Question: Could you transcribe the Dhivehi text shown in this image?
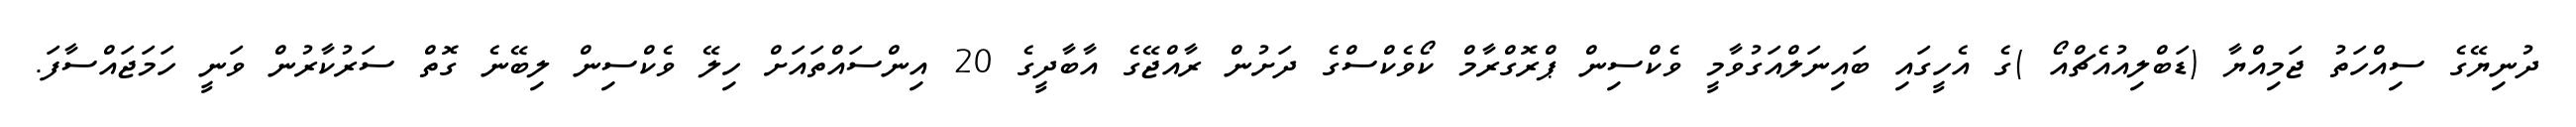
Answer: ދުނިޔޭގެ ސިއްހަތު ޖަމިއްޔާ (ޑަބްލިއުއެޗްއޯ )ގެ އެހީގައި ބައިނަލްއަގުވާމީ ވެކްސިން ޕްރޮގްރާމް ކޯވެކްސްގެ ދަށުން ރާއްޖޭގެ އާބާދީގެ 20 އިންސައްތައަށް ހިލޭ ވެކްސިން ލިބޭނެ ގޮތް ސަރުކާރުން ވަނީ ހަމަޖައްސާފަ.